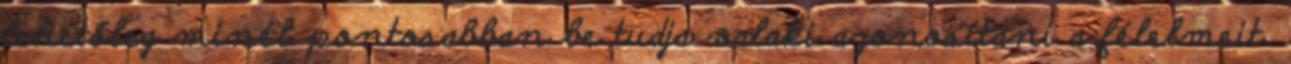
lehetőleg minél pontosabban be tudja valaki azonosítani a félelmeit.